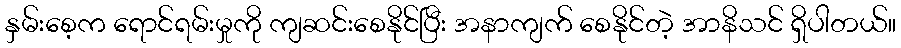
နှမ်းစေ့က ရောင်ရမ်းမှုကို ကျဆင်းစေနိုင်ပြီး အနာကျက် စေနိုင်တဲ့ အာနိသင် ရှိပါတယ်။